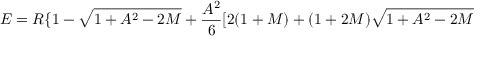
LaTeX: E = R \{ 1 - \sqrt { 1 + A ^ { 2 } - 2 M } + \frac { A ^ { 2 } } { 6 } [ 2 ( 1 + M ) + ( 1 + 2 M ) \sqrt { 1 + A ^ { 2 } - 2 M }